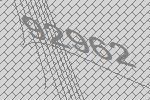
92962